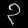
Digit: ၃